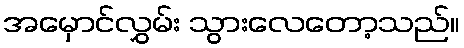
အမှောင်လွှမ်း သွားလေတော့သည်။